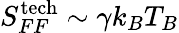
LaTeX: S_{FF}^{\mathrm{tech}}\sim\gamma k_{B}T_{B}